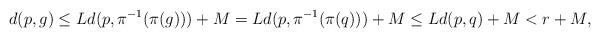
LaTeX: \begin{align*}d(p,g) \leq L d(p, \pi^{-1} (\pi (g)) )+M = L d(p, \pi^{-1} (\pi (q)) )+M \leq L d(p,q) +M < r+M,\end{align*}